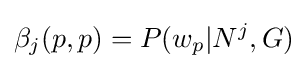
\beta _{j}(p,p)=P(w_{p}|N^{j},G)